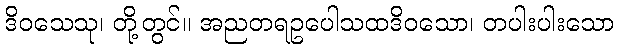
ဒိဝသေသု၊ တို့တွင်။ အညတရဥပေါသထဒိဝသော၊ တပါးပါးသော